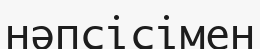
нәпсісімен